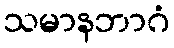
သမာနဘာဂံ